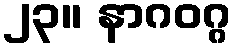
၂၃။ နာဂဝဂ္ဂ